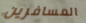
المسافرين